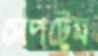
সেপটেম